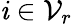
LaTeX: \mathit{i}\in\mathcal{{V}}_{r}